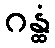
ဂန္ထံ